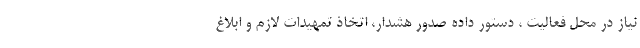
نیاز در محل فعالیت ، دستور داده صدور هشدار، اتخاذ تمهیدات لازم و ابلاغ